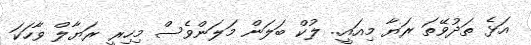
އަޅެ ތަދުވޭތަ ރަޔާ މިއައީ.. ލުކް ބަލަން މަލަންވެސް މިހިރީ ރަޔާލް ވާހަކަ